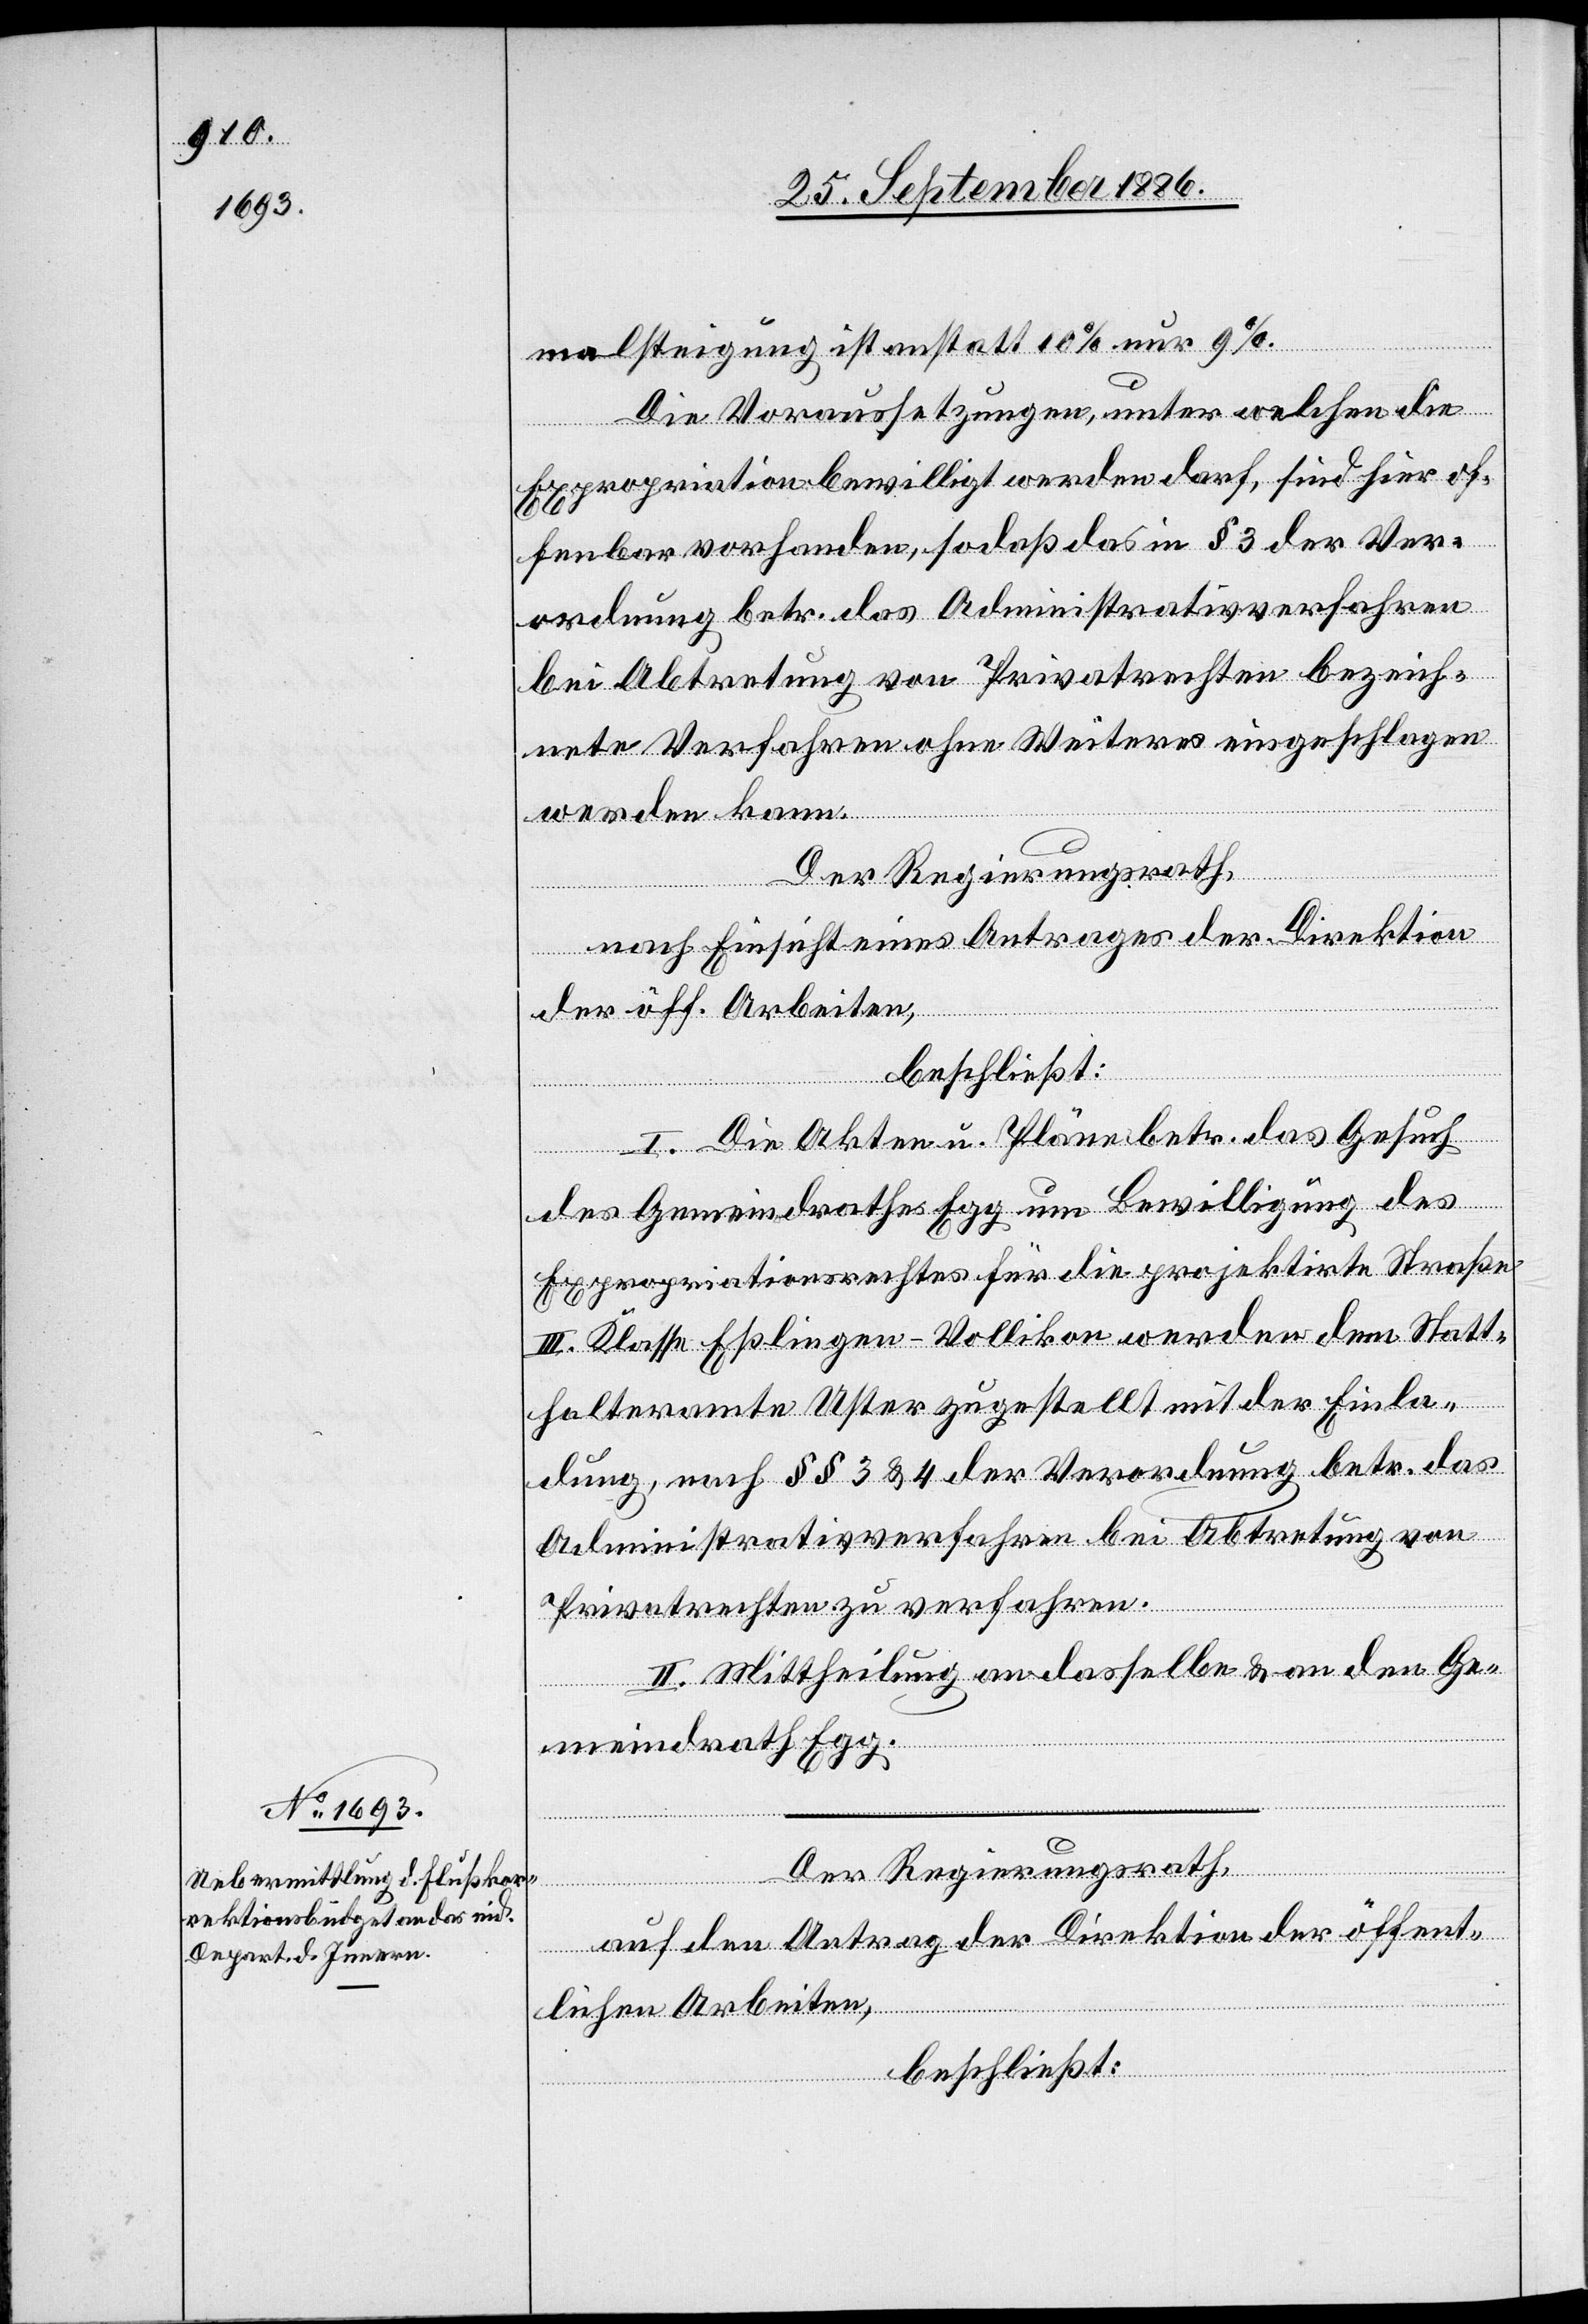
malsteigung ist anstatt 10% nur 9%.
Die Voraussetzungen, unter welchen die
Expropriation bewilligt werden darf, sind hier of¬
fenbar vorhanden, sodaß das in § 3 der Ver¬
ordnung betr. das Administrativverfahren
bei Abtretung von Privatrechen bezeich¬
nete Verfahren ohne Weiteres eingeschlagen
werden kann.
Der Regierungsrath,
nach Einsicht eines Antrages der Direktion
der öff. Arbeiten,
beschließt:
I. Die Akten u. Pläne betr. das Gesuch
des Gemeindrathes Egg um Bewilligung des
Expropriationsrechtes für die projektirte Straße
III. Klasse Eßlingen–Vollikon werden dem Statt¬
halteramte Uster zugestellt mit der Einla¬
dung, nach §§ 3 & 4 der Verordnung betr. das
Administrativverfahren bei Abtretung von
Privatrechen zu verfahren.
II. Mittheilung an dasselbe & an den Ge¬
meindrath Egg.
Der Regierungsrath,
auf den Antrag der Direktion der öffent¬
lichen Arbeiten,
beschließt: